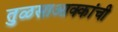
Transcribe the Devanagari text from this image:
तुळसाआक्कांची